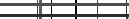
.     .  .